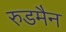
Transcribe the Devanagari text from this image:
रुडमैन